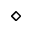
\diamond